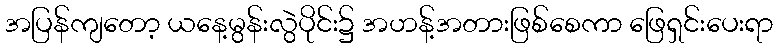
အပြန်ကျတော့ ယနေ့မွန်းလွဲပိုင်း၌ အဟန့်အတားဖြစ်စေကာ ဖြေရှင်းပေးရာ